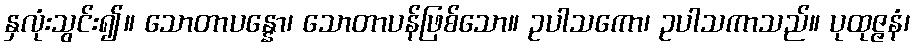
နှလုံးသွင်း၍။ သောတာပန္နော၊ သောတာပန်ဖြစ်သော။ ဥပါသကော၊ ဥပါသကာသည်။ ပုထုဇ္ဇနံ၊